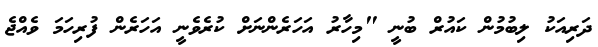
ދަރިއަކު ލިބުމުން ކައުރް ބުނީ "މިހާރު އަހަރެންނަށް ކުރެވެނީ އަހަރެން ފުރިހަމަ ވެއްޖެ